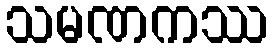
သမဏကဿ